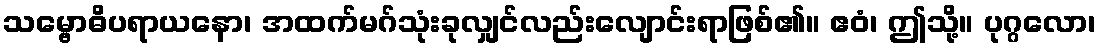
သမ္ဗောဓိပရာယနော၊ အထက်မဂ်သုံးခုလျှင်လည်းလျောင်းရာဖြစ်၏။ ဧဝံ၊ ဤသို့။ ပုဂ္ဂလော၊